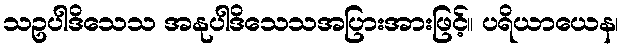
သဥပါဒိသေသ အနုပါဒိသေသအပြားအားဖြင့်။ ပရိယာယေန၊